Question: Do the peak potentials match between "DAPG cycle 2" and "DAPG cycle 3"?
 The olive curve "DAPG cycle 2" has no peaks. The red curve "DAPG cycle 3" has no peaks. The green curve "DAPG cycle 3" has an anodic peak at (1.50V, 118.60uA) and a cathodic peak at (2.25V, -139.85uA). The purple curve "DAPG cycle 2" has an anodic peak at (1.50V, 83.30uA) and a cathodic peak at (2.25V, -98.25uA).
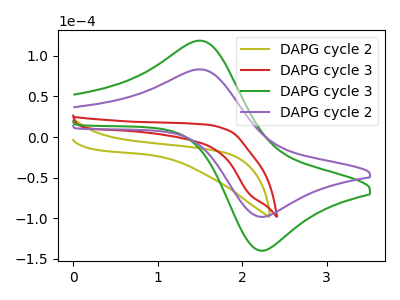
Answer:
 <answer>Yes, "DAPG cycle 2" have a peak in "DAPG cycle 3" at the same potential.</answer>
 <eval>match</eval>